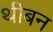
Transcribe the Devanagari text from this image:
थीबन